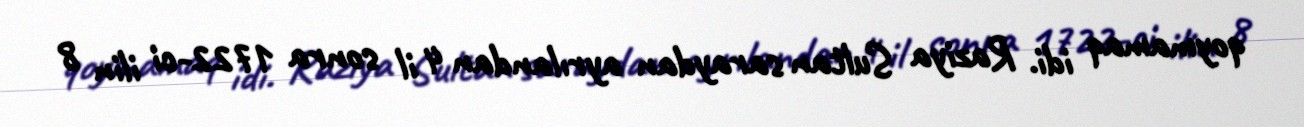
qoymamaq idi. Raziya Sultan saraydan ayrılandan 4 il sonra 1722-ci ilin 8